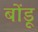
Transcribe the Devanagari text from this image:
बोंडू